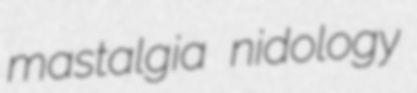
mastalgia nidology